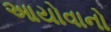
આયોવાનો